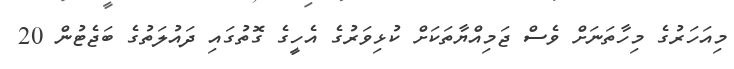
މިއަހަރުގެ މިހާތަނަށް ވެސް ޖަމިއްޔާތަކަށް ކުޅިވަރުގެ އެހީގެ ގޮތުގައި ދައުލަތުގެ ބަޖެޓުން 20